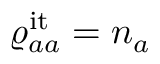
{ \varrho _ { a a } ^ { \mathrm { i t } } = n _ { a } }